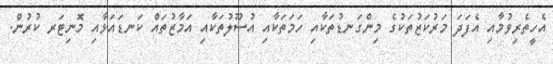
އެހީތެރިވުމާއި އެފަދަ މަރުކަޒުތަކުގެ މިންގަނޑުތަކާއި ހަމަތަކާއި އުސޫލުތަކާއި އަމާޒުތައް ކަނޑައަޅާއި މޮނިޓަރ ކުރުން.